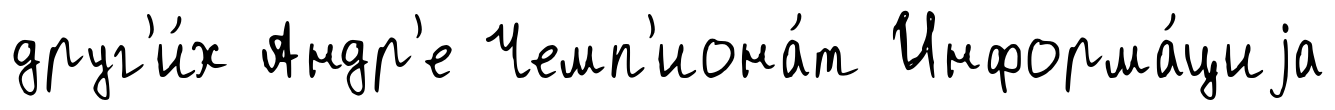
друг'и́х Андр'е Чемп'иона́т Информа́циjа